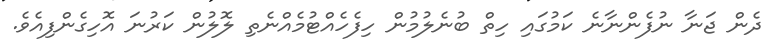
ދެން ޖަނާ ނުފެންނާނެ ކަމުގައި ހިތް ބުނެލުމުން ހިފެހެއްޓުމެއްނެތި ލޮލުން ކަރުނަ އޮހިގެންފިއެވެ.